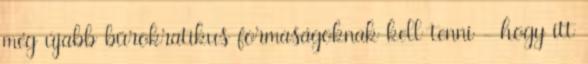
még újabb bürokratikus formaságoknak kell tenni - hogy itt